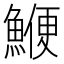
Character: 鯾